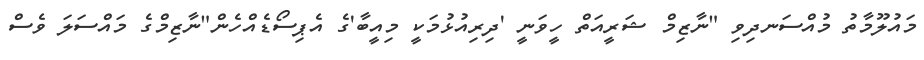
މައުލޫމާތު މުއްސަނދިވި "ނާޒިމް ޝަރީއަތް ހީވަނީ 'ދިރިއުޅުމަކީ މިއީބާ'ގެ އެޕިސޯޑެއްހެން"ނާޒިމްގެ މައްސަލަ ވެސް